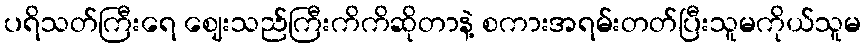
ပရိသတ်ကြီးရေ ဈေးသည်ကြီးကိကိဆိုတာနဲ့ စကားအရမ်းတတ်ပြီးသူမကိုယ်သူမ